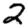
Digit: 2